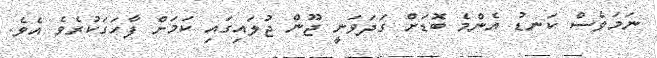
ނަމަވެސް ކަނޑު އެންމެ ބޮޑަށް ގަދަވަނީ ޖޫން ޖުލައިގައި ކަމަށް ފާހަގަކުރެވެ އެވެ.